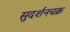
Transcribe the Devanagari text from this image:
सुदर्शनचक्र